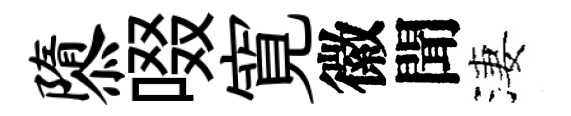
隳啜寛徽聞淒